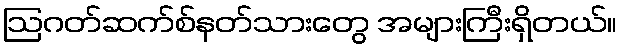
ဩဂတ်ဆက်စ်နတ်သားတွေ အများကြီးရှိတယ်။